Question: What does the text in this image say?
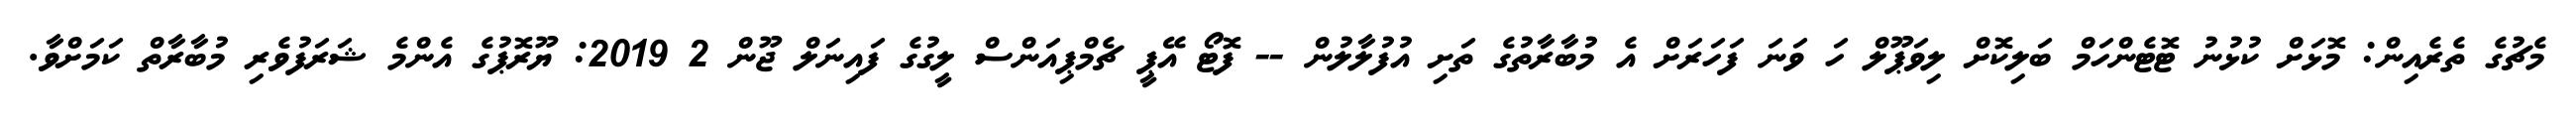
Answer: މެޗުގެ ތެރެއިން: މޮޅަށް ކުޅުނު ޓޮޓެންހަމް ބަލިކޮށް ލިވަޕޫލް ހަ ވަނަ ފަހަރަށް އެ މުބާރާތުގެ ތަށި އުފުލާލުން -- ފޮޓޯ އޭޕީ ޗެމްޕިއަންސް ލީގުގެ ފައިނަލް ޖޫން 2 2019: ޔޫރޮޕުގެ އެންމެ ޝަރަފުވެރި މުބާރާތް ކަމަށްވާ.